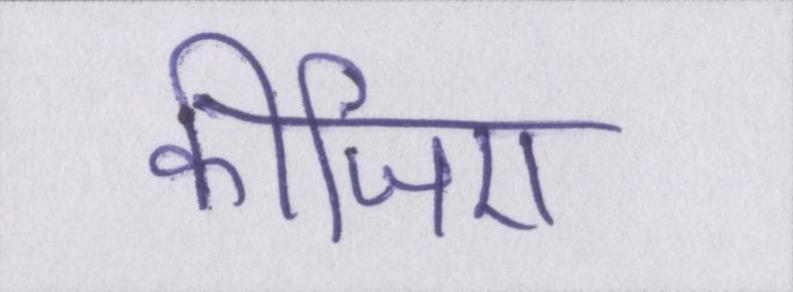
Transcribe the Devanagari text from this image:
कीजिए